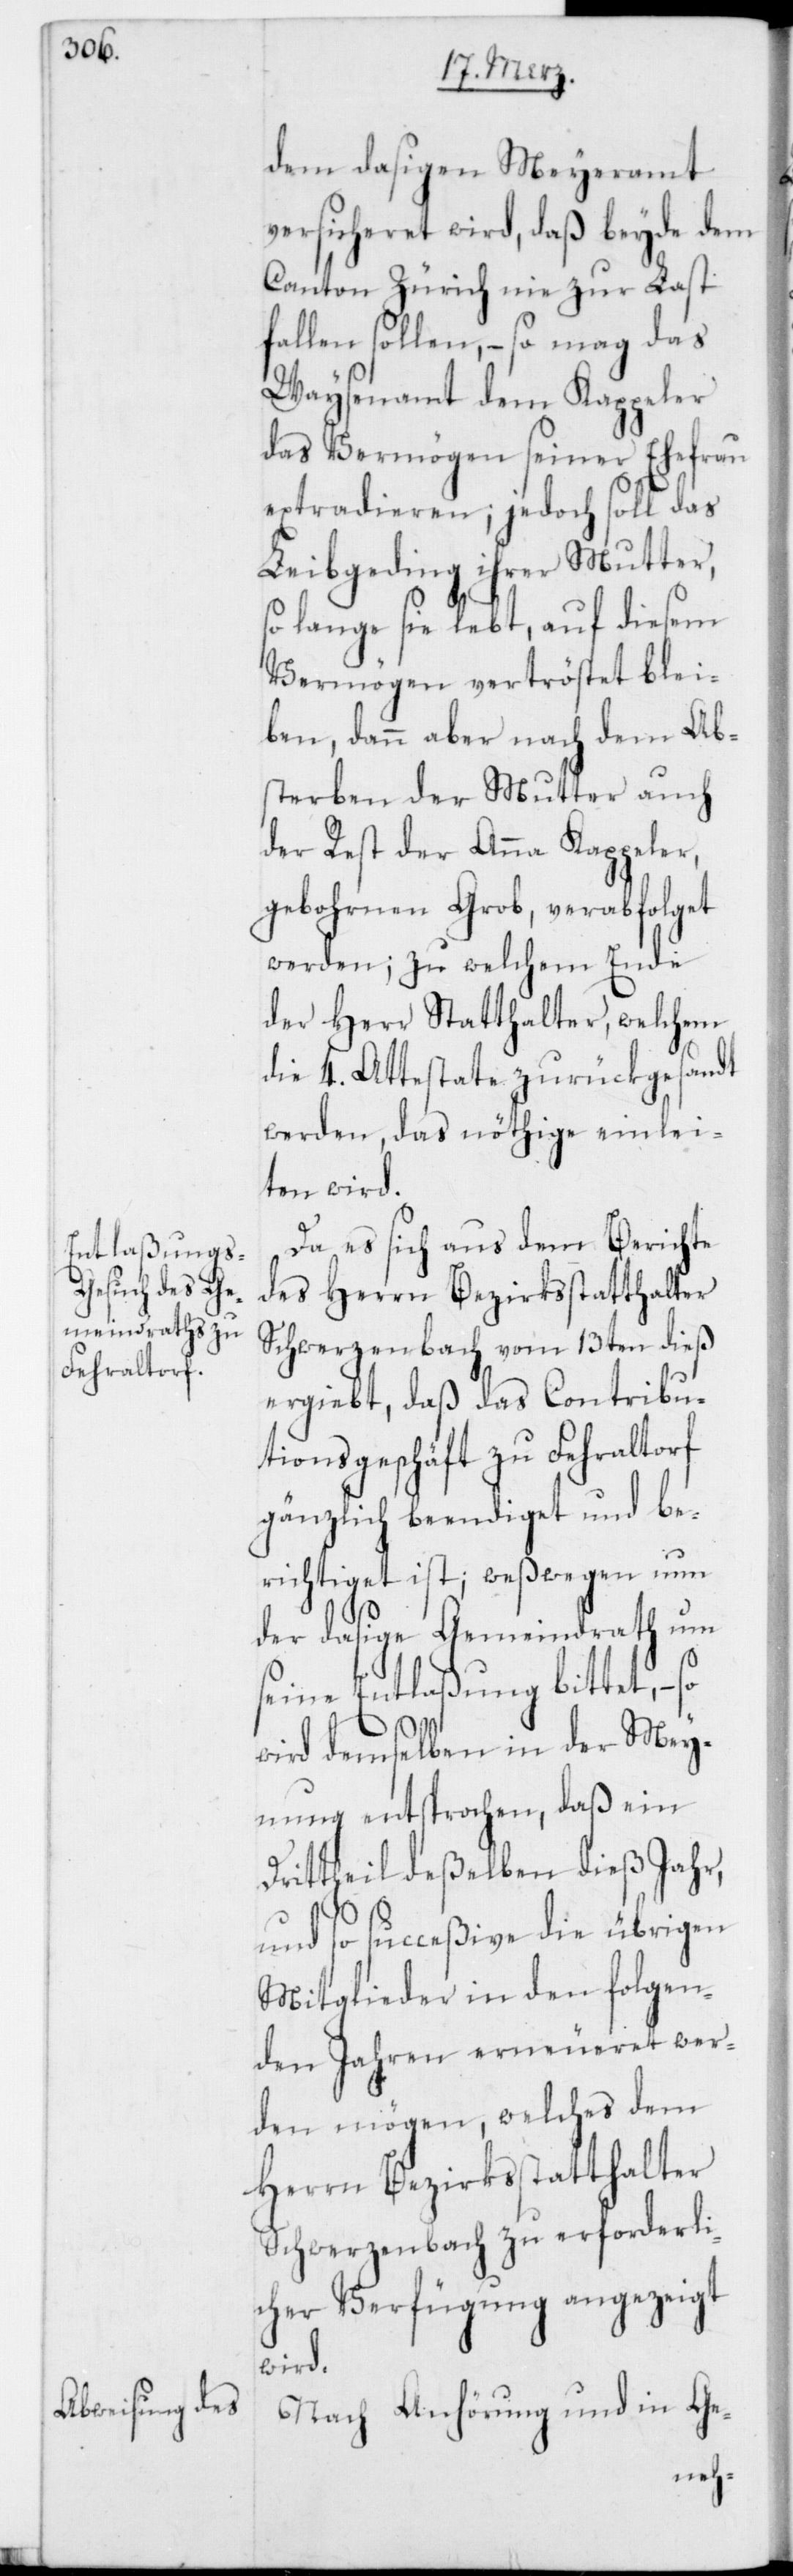
dem dasigen Meyeramt
versicheret wird, daß beyde dem
Canton Zürich nie zur Last
fallen sollen, – so mag das
Waysenamt dem Kappeler
das Vermögen seiner Ehefrau
extradieren; jedoch soll das
Leibgeding ihrer Mutter,
so lange sie lebt, auf diesem
Vermögen vertröstet blei¬
ben, dann aber nach dem Ab¬
sterben der Mutter auch
der Rest der Anna Kappeler,
gebohrnen Grob, verabfolget
werden; zu welchem Ende
der Herr Statthalter, welchem
die 4. Attestate zurückgesandt
werden, das nöthige einlei¬
ten wird.
Da es sich aus dem Berichte
des Herrn Bezirksstatthalter
Schwerzenbach vom 13ten dieß
ergiebt, daß das Contribu¬
tionsgeschäft zu Fehraltorf
gänzlich beendiget und be¬
richtiget ist; weßwegen nun
der dasige Gemeindrath um
seine Entlaßung bittet, –
wird demselben in der Mey¬
nung entsprochen, daß ein
Drittheil deßelben dieß Jahr,
und so succeßive die übrigen
Mitglieder in den folgen¬
den Jahren erneueret wer¬
den mögen, welches dem
Herrn Bezirksstatthalter
Schwerzenbach zu erforderli¬
cher Verfügung angezeigt
wird.
Nach Anhörung und in Ge-